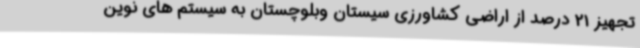
تجهیز 21 درصد از اراضی کشاورزی سیستان وبلوچستان به سیستم های نوین